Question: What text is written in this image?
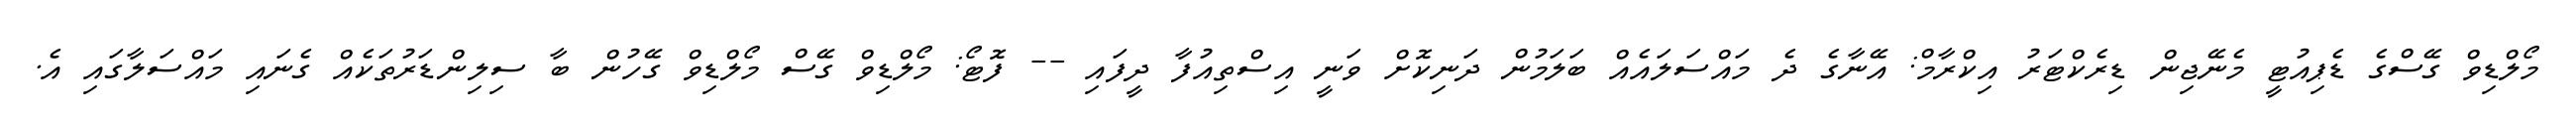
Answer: މޯލްޑިވް ގޭސްގެ ޑެޕިއުޓީ މެނޭޖިން ޑިރެކްޓަރު އިކްރާމް: އޭނާގެ ދެ މައްސަލައެއް ބަލަމުން ދަނިކޮށް ވަނީ އިސްތިއުފާ ދީފައި -- ފޮޓޯ: މޯލްޑިވް ގޭސް މޯލްޑިވް ގޭހުން ބާ ސިލިންޑަރުތަކެއް ގެނައި މައްސަލާގައި އެ.